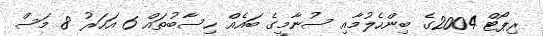
ރިޕޯޓް 2004ގެ ބިންހެލުމާއި ސުނާމީގެ ބައެއް ހިސާބުތައް 6 އަހަރު 8 މަސް